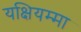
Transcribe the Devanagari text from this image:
यक्षियम्मा